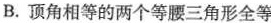
B.顶角相等的两个等腰三角形全等